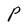
Character: P